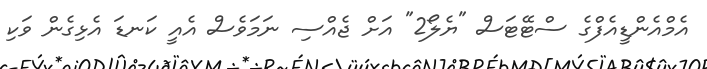
އެމްއެންޑީއެފްގެ ސްޓޭޓަސް "ޔެލޯ2" އަށް ޖެއްސި ނަމަވެސް އެއީ ކަނޑަ އެޅިގެން ވަކި